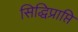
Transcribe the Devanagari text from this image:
सिद्धिप्राप्ति